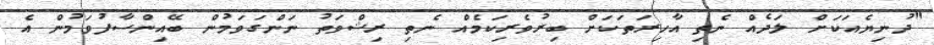
"ދުނިޔެއަކަށް ލަދެއް ނެތި އާހިރަތަކަށް ބިރުވެރިކަމެއް ނެތި ރިޝްވަތު ނަންގަވަމުން ބޭއިންސާފުވަމުން އެ